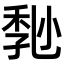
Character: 𡮒